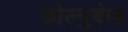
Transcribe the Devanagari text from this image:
कोल्गुयेव्ह